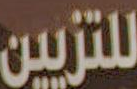
للتزيين